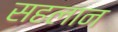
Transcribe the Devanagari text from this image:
सहलान